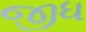
જીધ